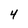
Character: 4